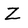
Character: Z